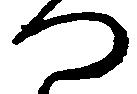
つ